Indian journal of veterinary science and animal husbandry - Volume 7,
Year: 1937
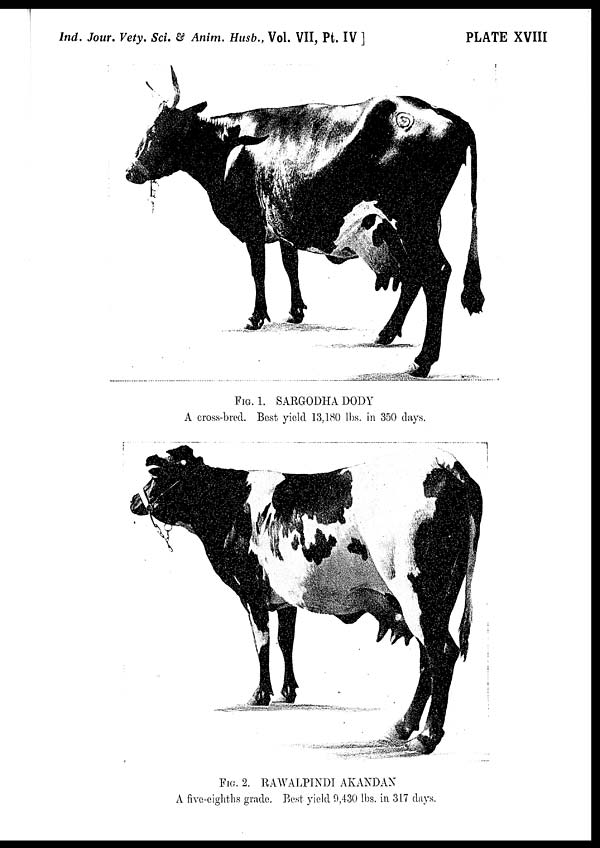
Ind. Jour. Vety. Sci. & Anim. Husb., Vol. VII, Pt. IV ]
PLATE XVIII
FIG. 1. SARGODHA DODY
A cross-bred. Best yield 13,180 lbs. in 350 days.
FIG. 2. RAWALPINDI AKANDAN
A five-eighths grade. Best yield 9,430 lbs. in 317 days.